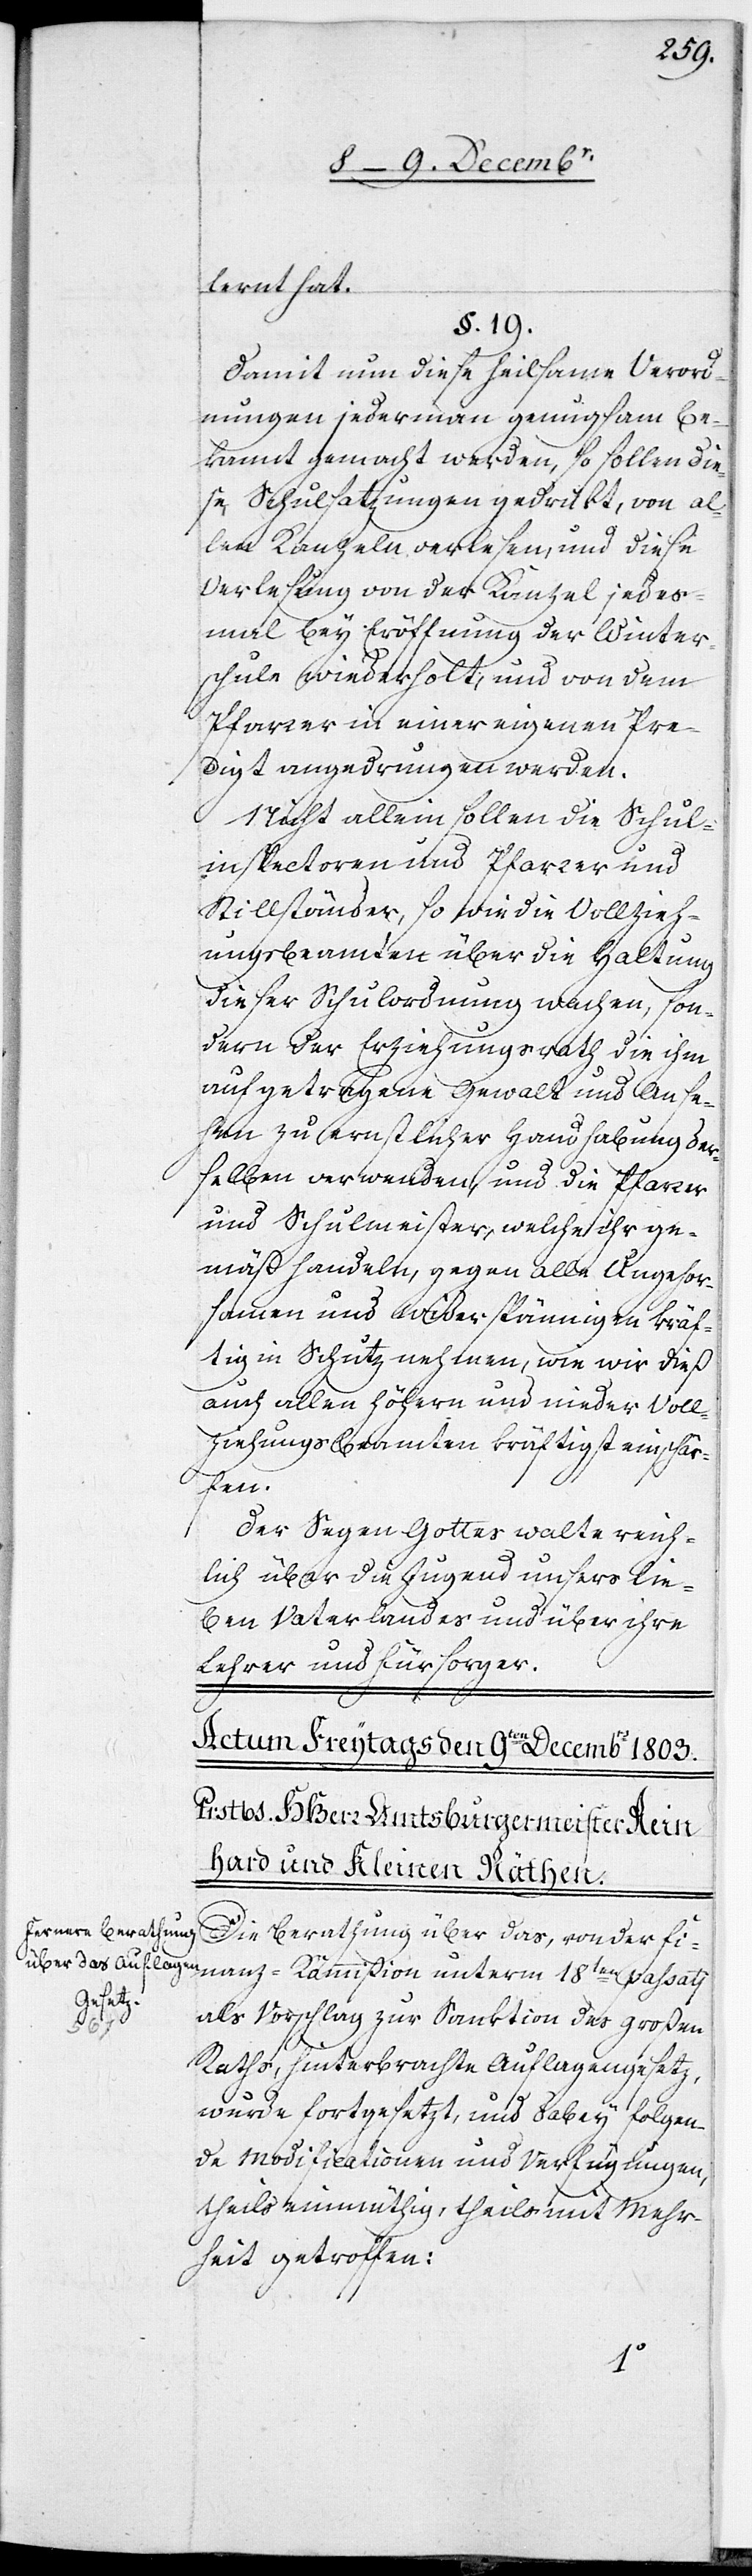
18ten
lernt hat.
§. 19.
Damit nun diese heilsame Verord¬
nungen jederman genugsam be¬
kannt gemacht werden, so sollen die¬
se Schulsatzungen gedrukt , von al¬
len Kanzeln verlesen, und diese
Verlesung von der Kanzel jedes¬
mal bey Eröffnung der Winter¬
schule wiederholt, und von dem
Pfarrer in einer eigenen Pre¬
digt angedrungen werden.
Nicht allein sollen die Schul¬
inspectoren und Pfarrer und
Stillständer, so wie die Vollzieh¬
ungsbeamten über die Haltung
dieser Schulordnung wachen, son¬
dern der Erziehungsrath die ihm
aufgetragene Gewalt und Anse¬
hen zu ernstlicher Handhabung der¬
selben verwenden, und die Pfarrer
und Schulmeister, welche ihr ge¬
mäß handeln, gegen alle Ungehor¬
samen und Widerspännigen kräf¬
tig in Schutz nehmen, wie wir dieß
auch allen höhern und nieder Voll¬
ziehungsbeamten kräftigst einschär¬
fen.
Der Segen Gottes walte reich¬
lich über die Jugend unsers lie¬
ben Vaterlandes und über ihre
Lehrer und Fürsorger.
Die Berathung über das, von der Fi¬
als Vorschlag zur Sanktion des großen
Raths, hinterbrachte Auflagengesetz,
wurde fortgesetzt, und dabey folgen¬
de Modificationen und Verfügungen,
theils einmüthig, theils mit Mehr¬
heit getroffen: